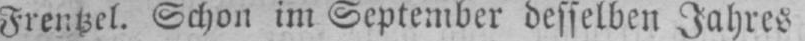
Frentzel. Schon im September desselben Jahres